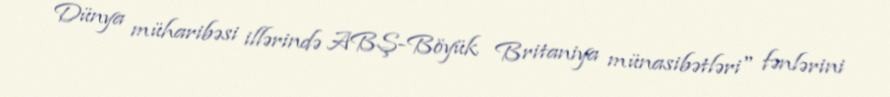
Dünya müharibəsi illərində ABŞ-Böyük Britaniya münasibətləri" fənlərini